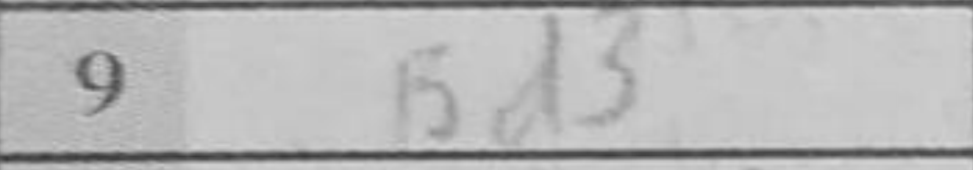
Transcription: Bd3